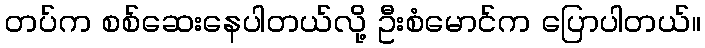
တပ်က စစ်ဆေးနေပါတယ်လို့ ဦးစံမောင်က ပြောပါတယ်။